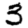
Digit: 3